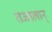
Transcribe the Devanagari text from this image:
तज्जलान्